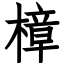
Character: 樟